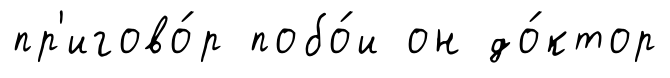
пр'игово́р побо́и он до́ктор